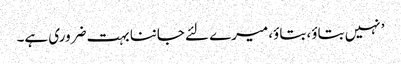
’ نہیں بتاؤ، بتاؤ، میرے لئے جاننا بہت ضروری ہے۔